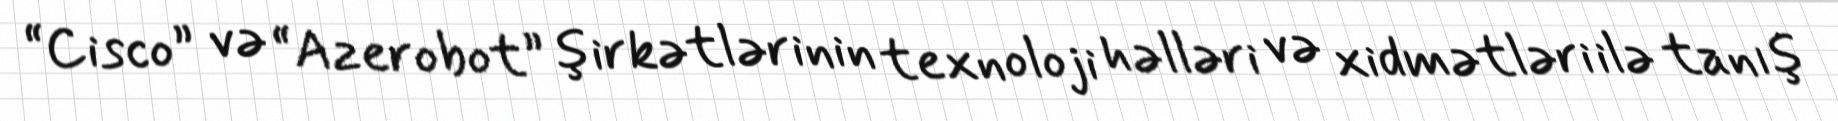
“Cisco” və “Azerobot” şirkətlərinin texnoloji həlləri və xidmətləri ilə tanış